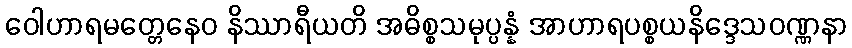
ဝေါဟာရမတ္တေနေဝ နိဿာရီယတိ အဓိစ္စသမုပ္ပန္နံ အာဟာရပစ္စယနိဒ္ဒေသဝဏ္ဏနာ